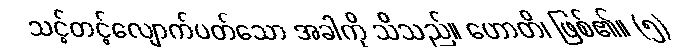
သင့်တင့်လျောက်ပတ်သော အခါကို သိသည်။ ဟောတိ၊ ဖြစ်၏။ (၅)